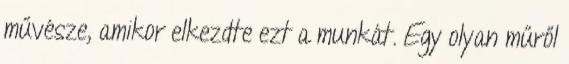
művésze, amikor elkezdte ezt a munkát. Egy olyan műről